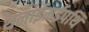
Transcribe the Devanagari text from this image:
थलाईमईपथि